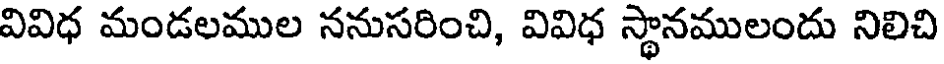
వివిధ మండలముల ననుసరించి, వివిధ స్థానములందు నిలిచి